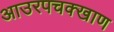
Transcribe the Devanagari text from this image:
आउरपचक्खाण